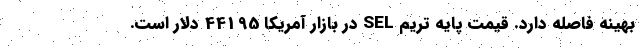
بهینه فاصله دارد. قیمت پایه تریم SEL در بازار آمریکا 44195 دلار است.